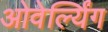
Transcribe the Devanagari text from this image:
ओवेर्ल्यिंग